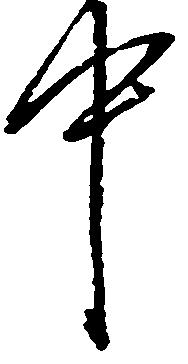
中